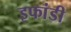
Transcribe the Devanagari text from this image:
इफांडी